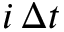
i \, \Delta t